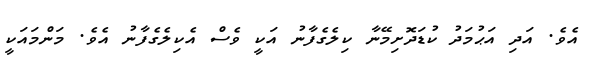
އެވެ. އަދި އަޙުމަދު ކުޑަދޮށިމޭނާ ކިލެގެފާނު އަކީ ވެސް އެކިލެގެފާނު އެވެ. މަންމައަކީ